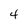
Character: 4